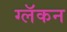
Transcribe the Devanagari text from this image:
ग्लॅकन